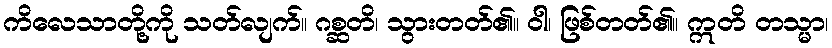
ကိလေသာတို့ကို သတ်လျက်။ ဂစ္ဆတိ၊ သွားတတ်၏။ ဝါ၊ ဖြစ်တတ်၏။ ဣတိ တသ္မာ၊